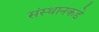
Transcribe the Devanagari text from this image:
संस्थानकडे